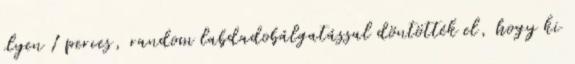
ilyen 1 perces, random labdadobálgatással döntötték el, hogy ki